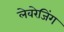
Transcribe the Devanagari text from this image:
लेवरेजिंग